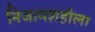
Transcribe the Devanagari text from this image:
निजामशहीला